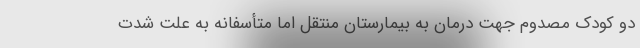
دو کودک مصدوم جهت درمان به بیمارستان منتقل اما متأسفانه به علت شدت